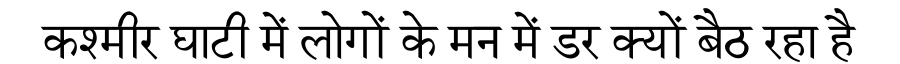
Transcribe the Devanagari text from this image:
कश्मीर घाटी में लोगों के मन में डर क्यों बैठ रहा है